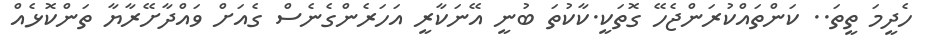
ހެދީމަ ތީތަ.. ކަންތައްކުރަންޖެހޭ ގޮތަކީ.ކާކުތަ ބުނީ އޭނަކާރީ އަހަރެންގެނެސް ގެއަށް ވައްދާށޭރާޔާ ތަންކޮޅެއް